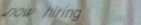
now hiring